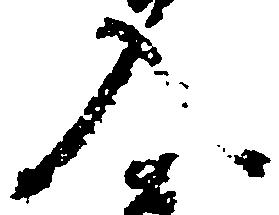
入